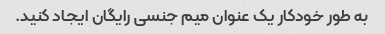
به طور خودکار یک عنوان میم جنسی رایگان ایجاد کنید.